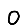
Digit: 0